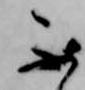
不